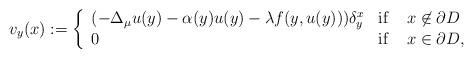
LaTeX: \begin{align*}v_y(x):=\left\{ \begin{array}{ll}\displaystyle (-\Delta_{\mu} u(y)-\alpha(y)u(y)- \lambda f(y,u(y)))\delta_y^{x} & \mbox{if} \, \ \ \ x\not\in \partial D\\0 & \mbox{if} \, \ \ \ x\in \partial D,\end{array} \right.\end{align*}